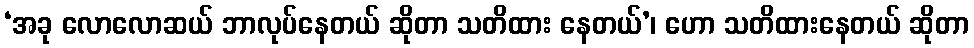
‘အခု လောလောဆယ် ဘာလုပ်နေတယ် ဆိုတာ သတိထား နေတယ်’၊ ဟော သတိထားနေတယ် ဆိုတာ